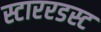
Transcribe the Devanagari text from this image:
स्टाररडस्ट